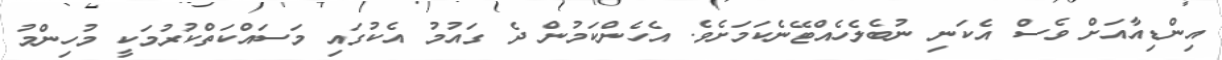
އިންޑިއާއަށް ވެސް އެކަނި ނުބެލެހެއްޓޭނެކަމަށެވެ. އެހެންކަމުން ދެ ގައުމު އެކުގައި މަސައްކަތްކުރުމަކީ މުހިންމު